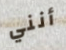
أنني